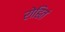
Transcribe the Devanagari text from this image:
रोहितं